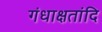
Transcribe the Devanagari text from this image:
गंधाक्षतांदि